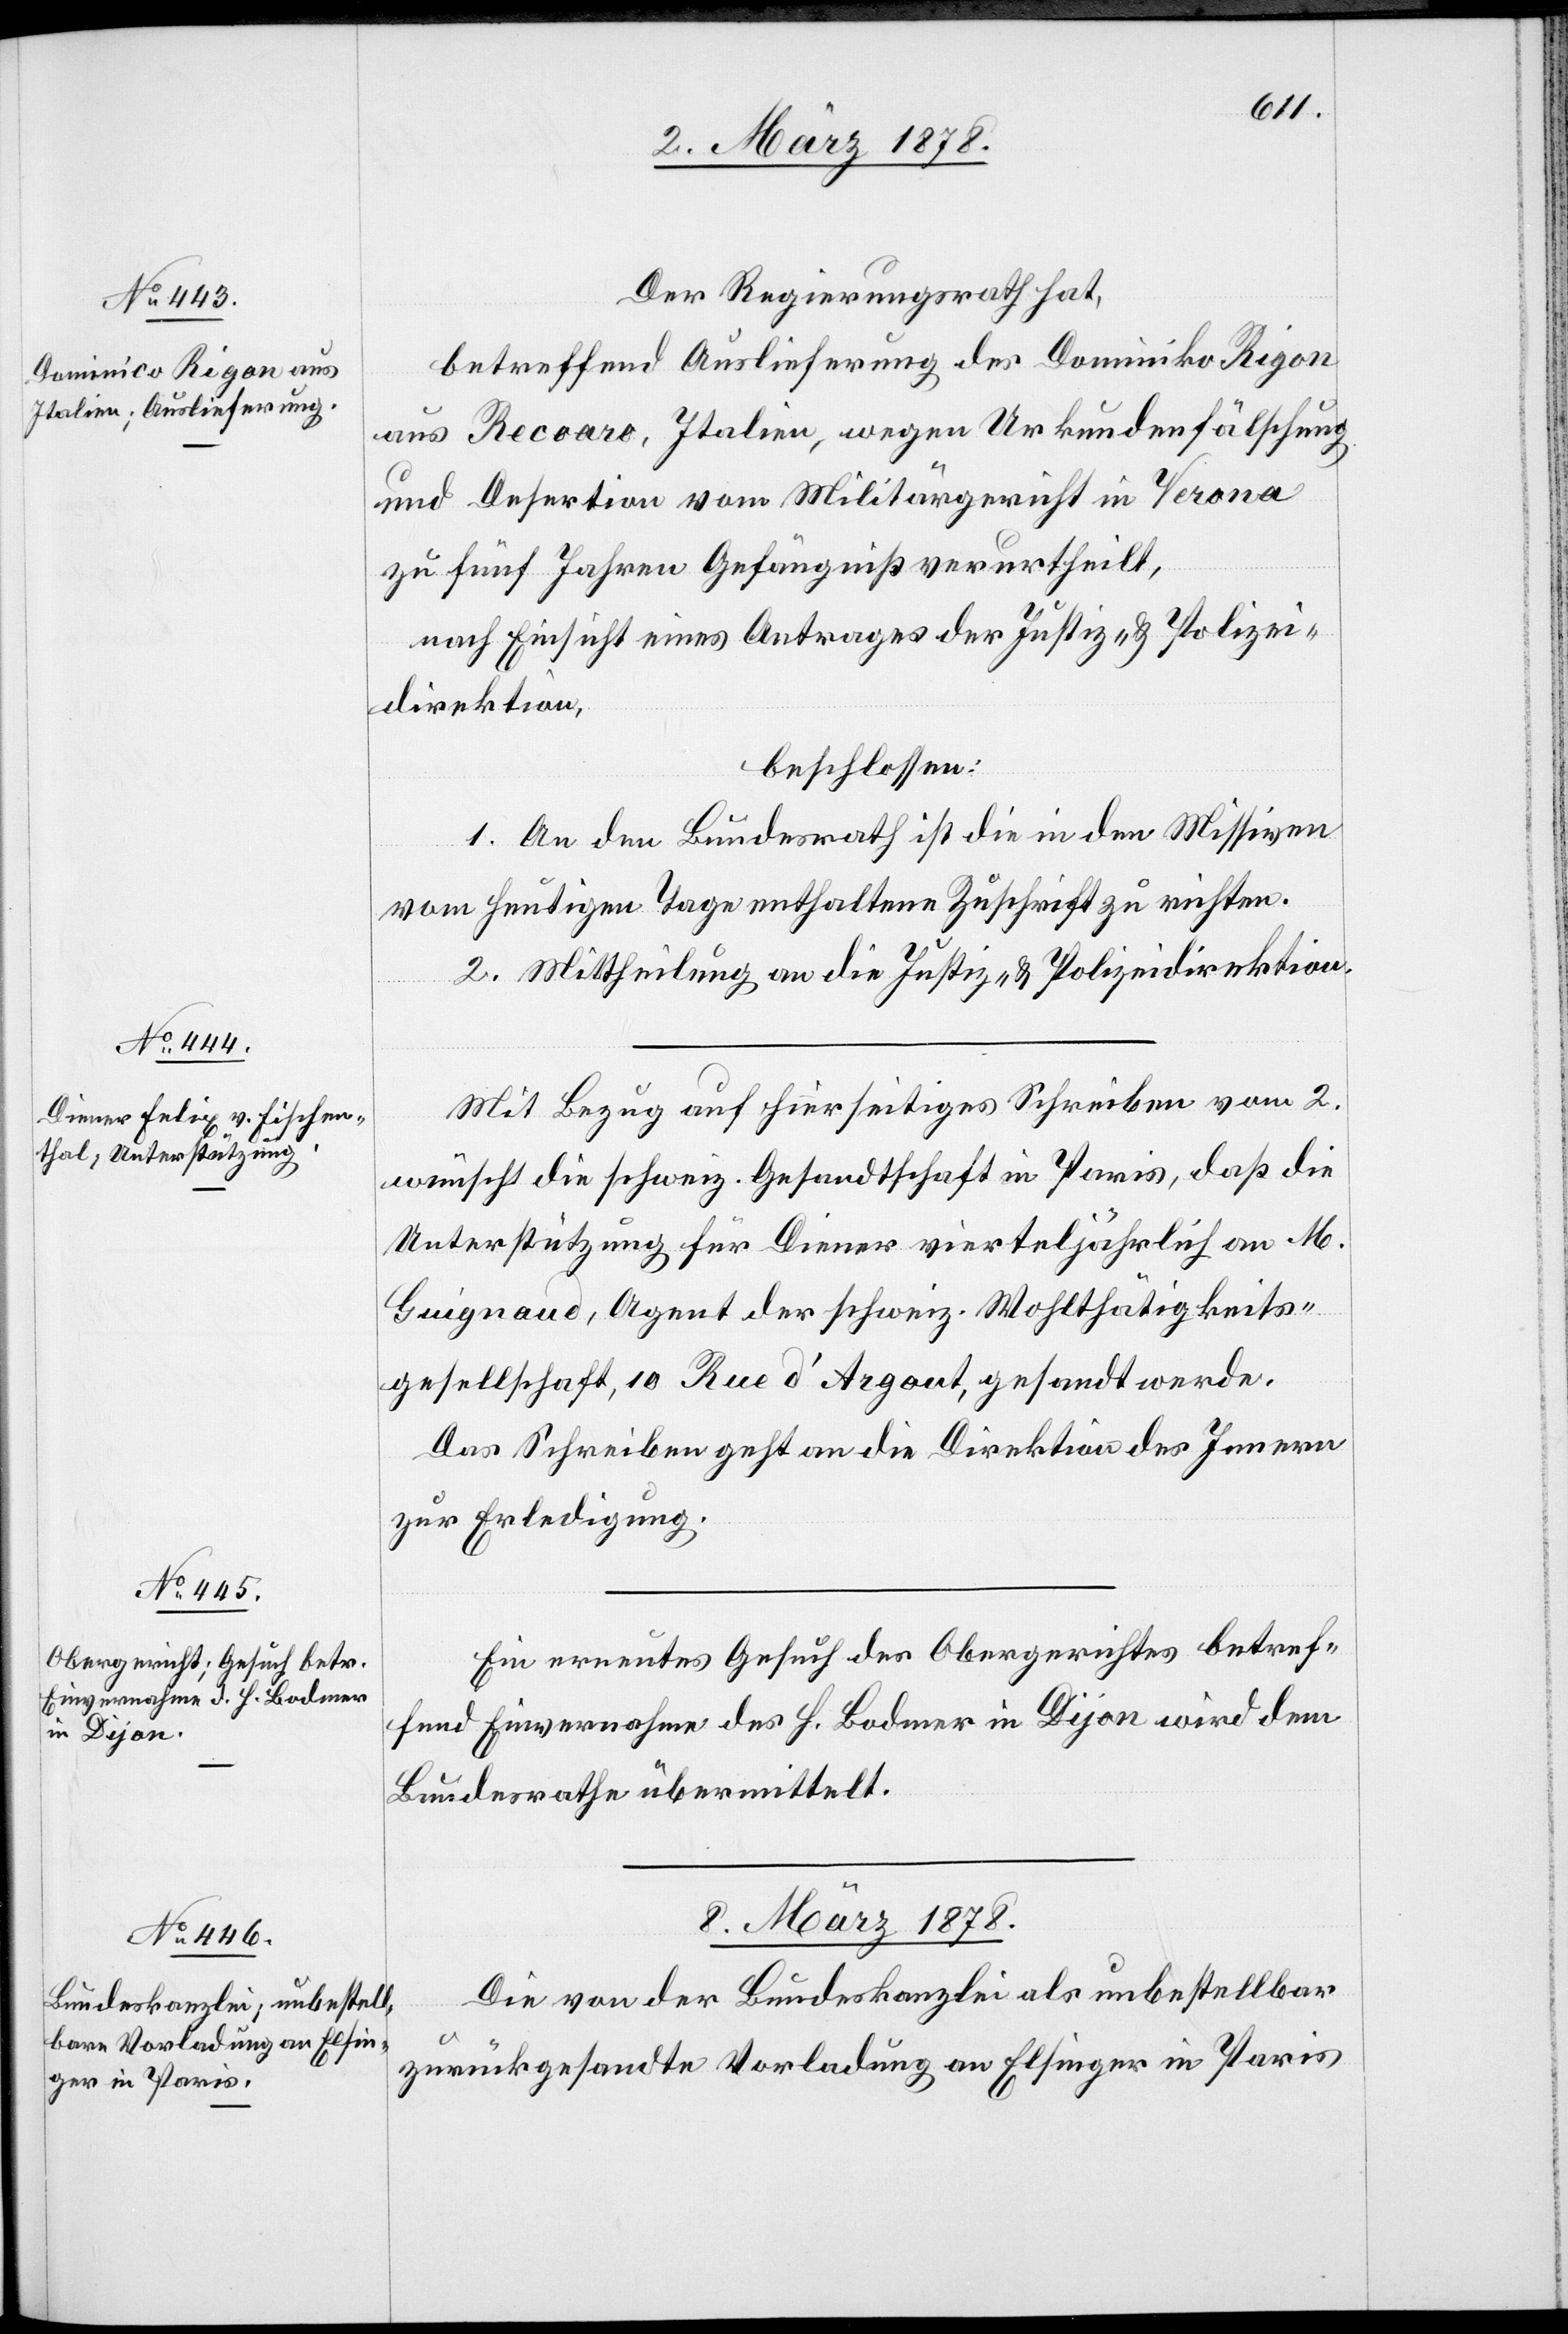
7. März 1878.]
Der Regierungsrath hat,
betreffend Auslieferung des Dominiko [sic!]
aus Recoaro, Italien, wegen Urkundenfälschung
und Desertion vom Militärgericht in Verona
zu fünf Jahren Gefängniß verurtheilt,
nach Einsicht eines Antrages der Justiz- & Polizei¬
direktion,
beschlossen:
1. An den Bundesrath ist die in den Missiven
vom heutigen Tage enthaltene Zuschrift zu richten.
2. Mittheilung an die Justiz- & Polizeidirektion.
Mit Bezug auf hierseitiges Schreiben vom 2.
wünscht die schweiz. Gesandtschaft in Paris, daß die
Unterstützung für Diener vierteljährlich an M.
Guigand, Agent der schweiz. Wohlthätigkeits¬
gesellschaft, 10 Rue d’Argout, gesandt werde.
Das Schreiben geht an die Direktion des Innern
zur Erledigung.
Ein erneutes Gesuch des Obergerichtes betref¬
fend Einvernahme des H. Bodmer in Dijon wird dem
Bundesrathe übermittelt.
8. März 1878.
Die von der Bundeskanzlei als unbestellbar
zurückgesandte Vorladung an Elsinger in Paris